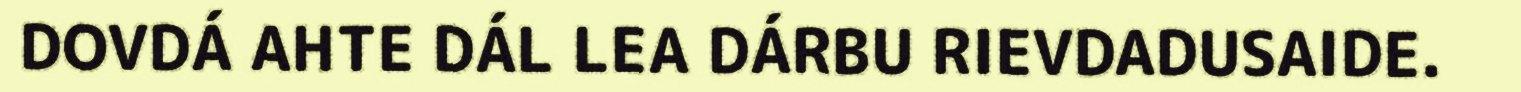
DOVDÁ AHTE DÁL LEA DÁRBU RIEVDADUSAIDE.